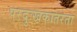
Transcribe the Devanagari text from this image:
परदुःखकातरता